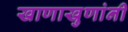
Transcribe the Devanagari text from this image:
खाणाखुणांनी